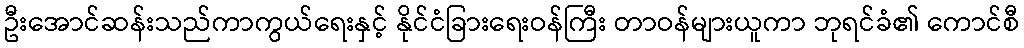
ဦးအောင်ဆန်းသည်ကာကွယ်ရေးနှင့် နိုင်ငံခြားရေးဝန်ကြီး တာဝန်များယူကာ ဘုရင်ခံ၏ ကောင်စီ